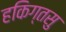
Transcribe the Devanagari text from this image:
हकिग्तसु